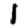
Digit: 1